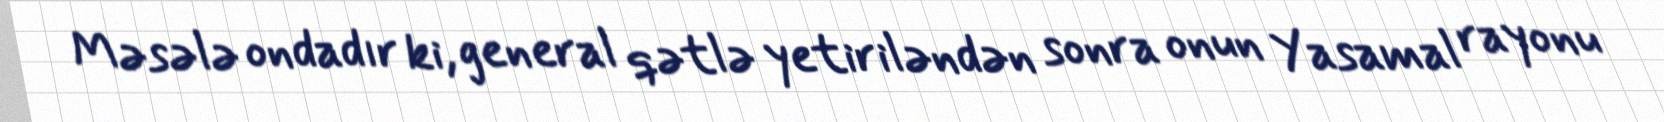
Məsələ ondadır ki, general qətlə yetiriləndən sonra onun Yasamal rayonu